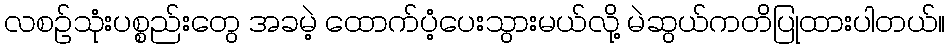
လစဉ်သုံးပစ္စည်းတွေ အခမဲ့ ထောက်ပံ့ပေးသွားမယ်လို့ မဲဆွယ်ကတိပြုထားပါတယ်။